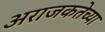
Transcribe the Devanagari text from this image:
अराजकतेच्या